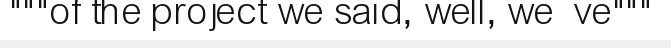
"""of the project we said, well, we  ve"""